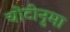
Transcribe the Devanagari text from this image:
चोटीनुमा